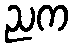
ညက